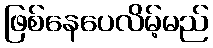
ဖြစ်နေပေလိမ့်မည်